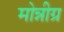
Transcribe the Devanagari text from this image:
मोन्नीग्र